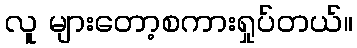
လူ များတော့စကားရှုပ်တယ်။